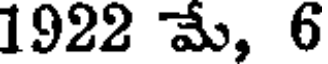
1922 మే, 6